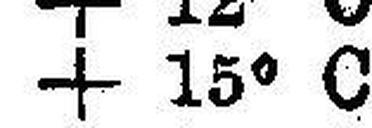
+ 15° C